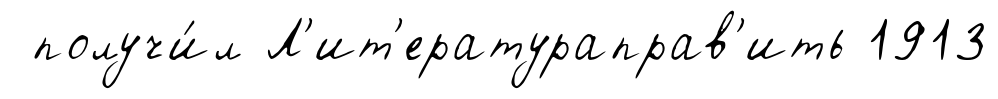
получи́л Л'ит'ератураправ'ить 1913